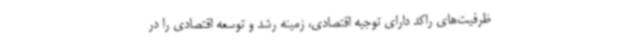
ظرفیت‌های راکد دارای توجیه اقتصادی، زمینه رشد و توسعه اقتصادی را در